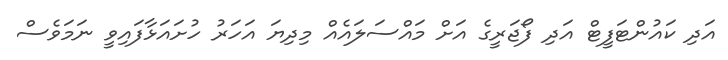
އަދި ކައުންޓަފީޓް އަދި ފޯޖަރީގެ އަށް މައްސަލައެއް މިދިޔަ އަހަރު ހުށައަޅާފައިވީ ނަމަވެސް